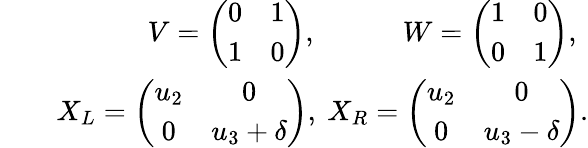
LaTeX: \begin{array}{rlr}&{}&{V=\left(\begin{array}{cc}{0}&{1}\\ {1}&{0}\end{array}\right),~~~~~~~~~~~~W=\left(\begin{array}{cc}{1}&{0}\\ {0}&{1}\end{array}\right),~}\\ &{}&{X_{L}=\left(\begin{array}{cc}{u_{2}}&{0}\\ {0}&{u_{3}+\delta}\end{array}\right),~X_{R}=\left(\begin{array}{cc}{u_{2}}&{0}\\ {0}&{u_{3}-\delta}\end{array}\right).}\end{array}